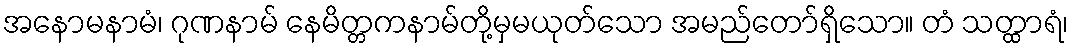
အနောမနာမံ၊ ဂုဏနာမ် နေမိတ္တကနာမ်တို့မှမယုတ်သော အမည်တော်ရှိသော။ တံ သတ္ထာရံ၊